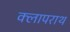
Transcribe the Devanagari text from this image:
क्लापराथ